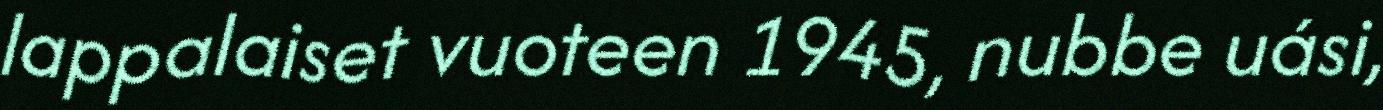
lappalaiset vuoteen 1945, nubbe uási,